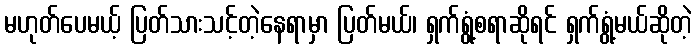
မဟုတ်ပေမယ့် ပြတ်သားသင့်တဲ့နေရာမှာ ပြတ်မယ်၊ ရှက်ရွံ့စရာဆိုရင် ရှက်ရွံ့မယ်ဆိုတဲ့